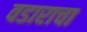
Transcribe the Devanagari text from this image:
वडाराचा